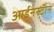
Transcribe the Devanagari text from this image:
आईनस्टीन